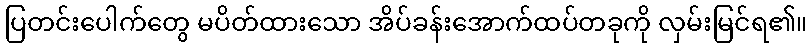
ပြတင်းပေါက်တွေ မပိတ်ထားသော အိပ်ခန်းအောက်ထပ်တခုကို လှမ်းမြင်ရ၏။